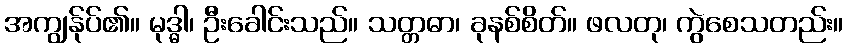
အကျွန်ုပ်၏။ မုဒ္ဓါ၊ ဦးခေါင်းသည်။ သတ္တဓာ၊ ခုနစ်စိတ်။ ဖလတု၊ ကွဲစေသတည်း။